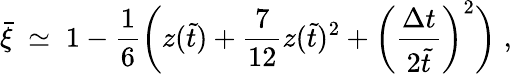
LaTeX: \bar{\xi}\; \simeq\; 1-\frac{1}{6}\bigg(z(\tilde{t})+\frac{7}{12}z(\tilde{t})^{2}+\bigg(\frac{\Delta t}{2\tilde{t}}\bigg)^{2}\bigg)\; ,